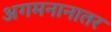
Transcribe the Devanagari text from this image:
अगमनानातर